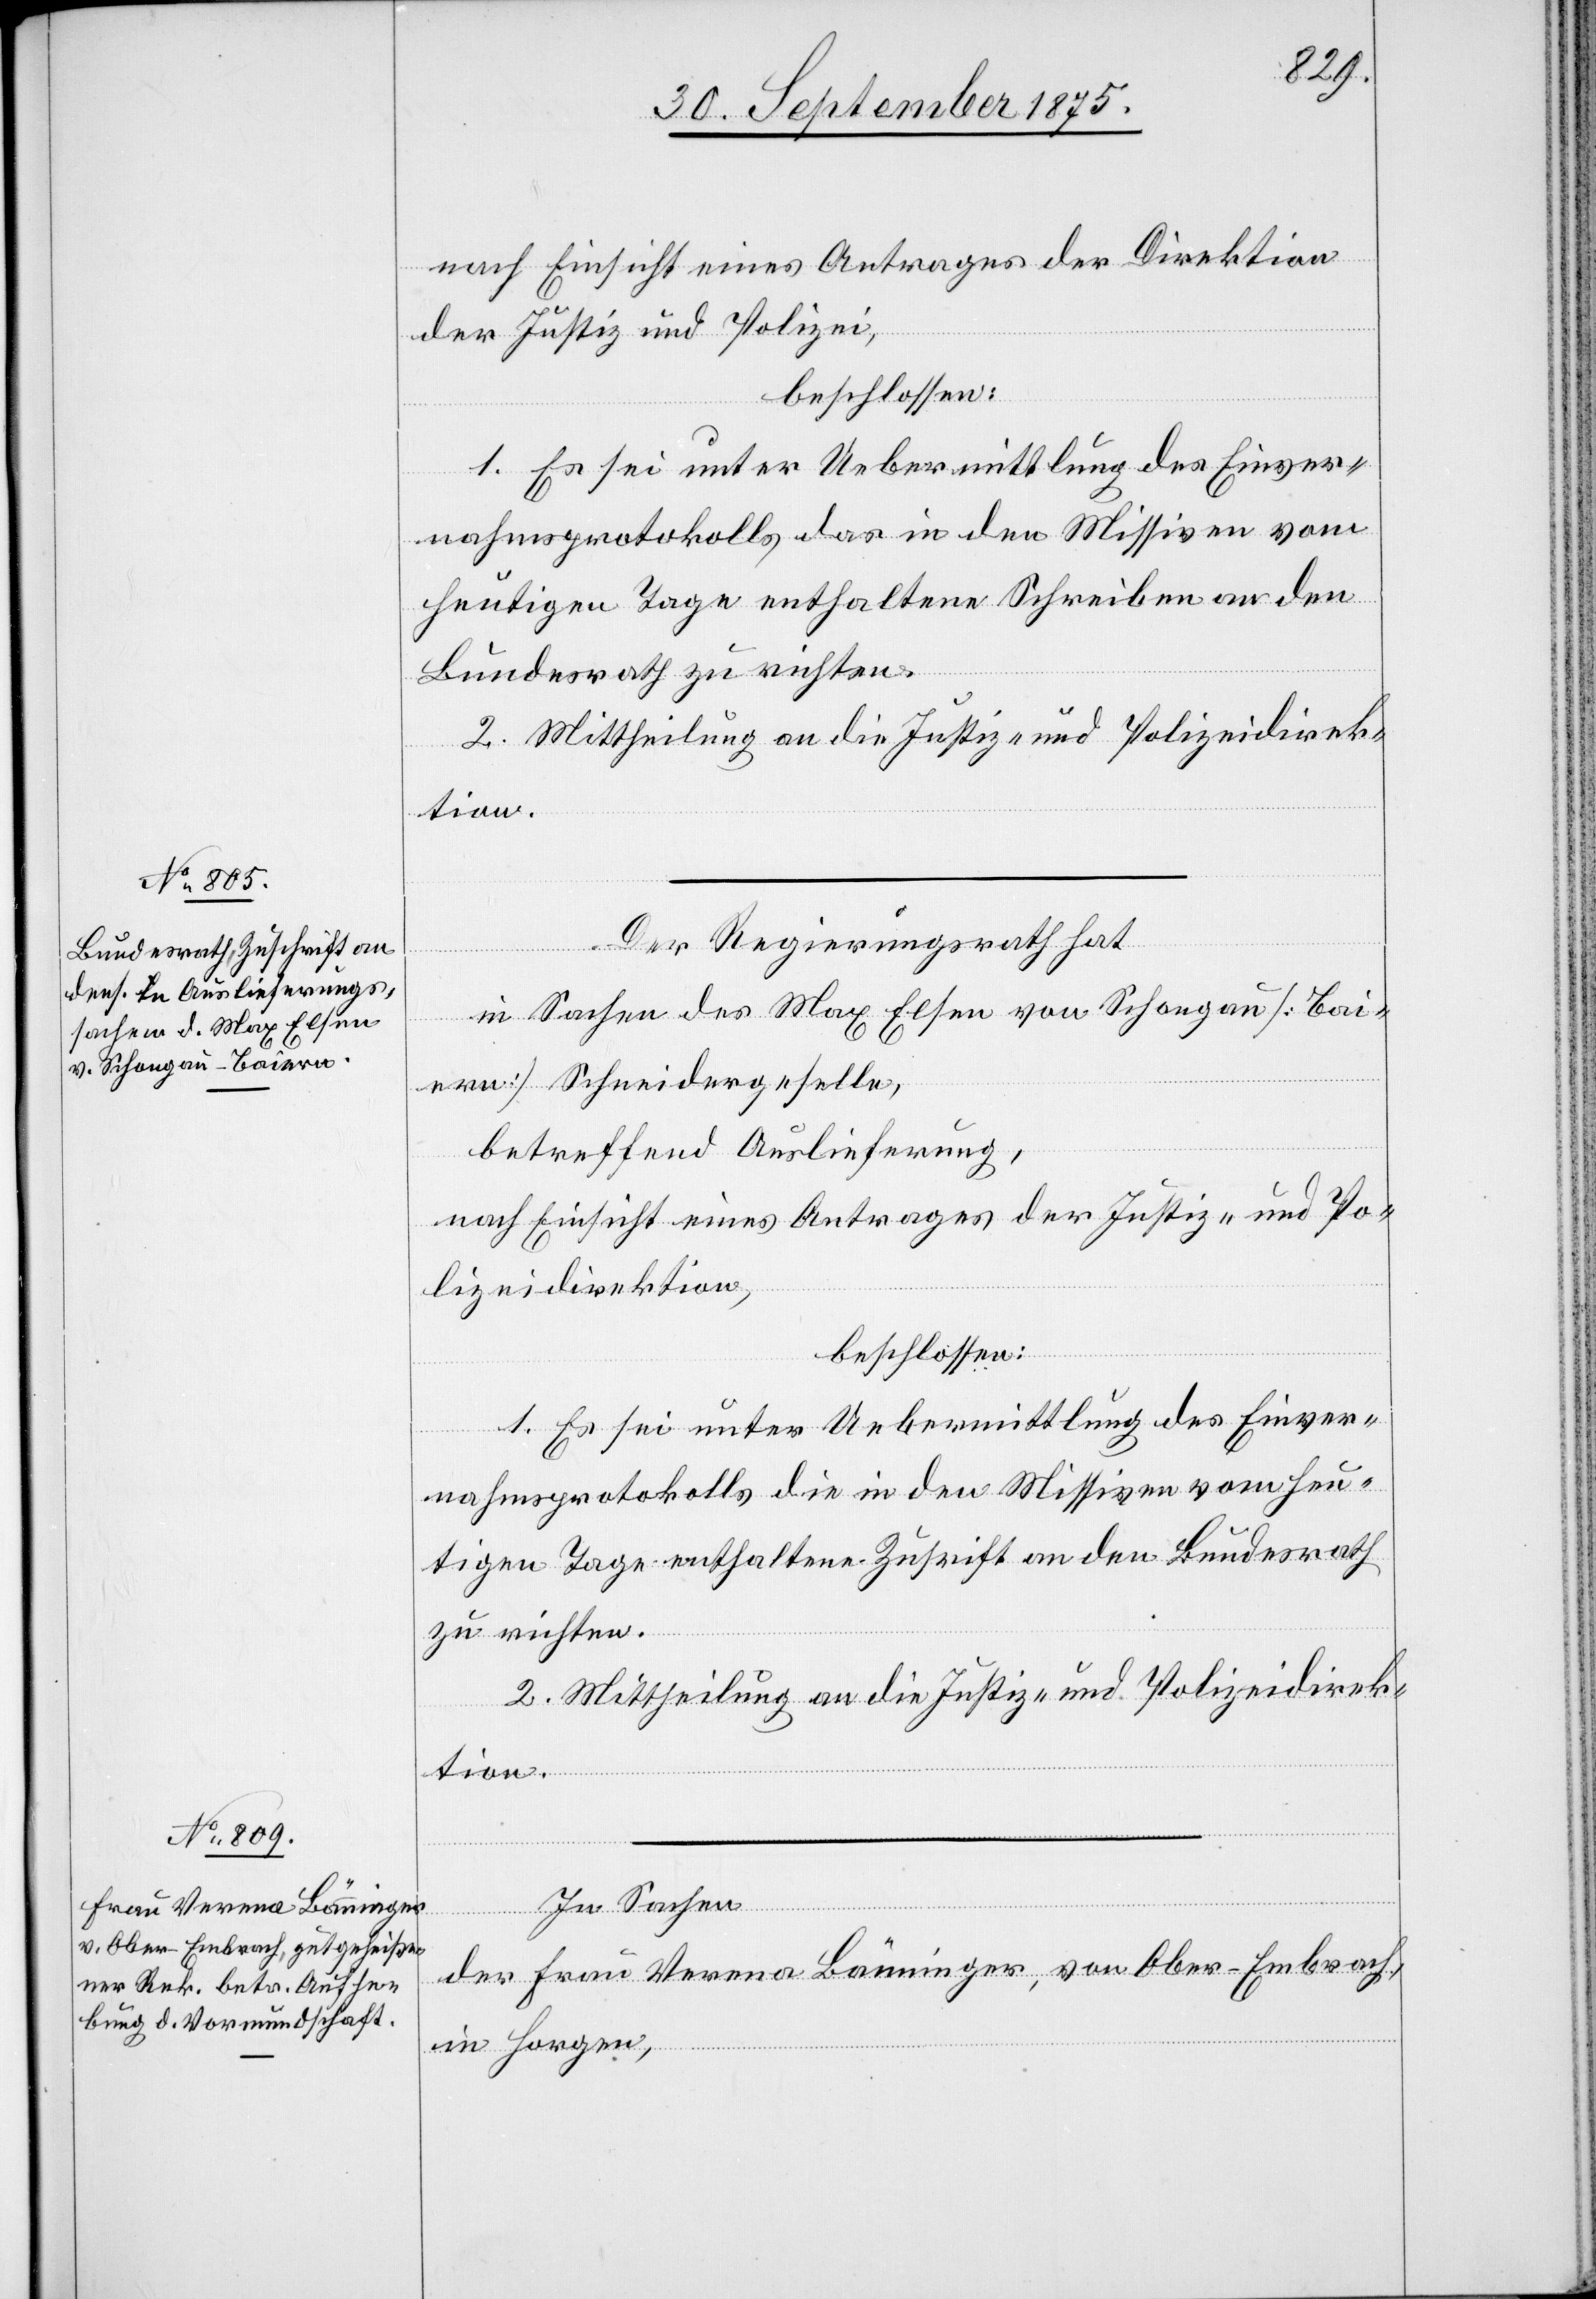
nach Einsicht eines Antrages der Direktion
der Justiz und Polizei,
beschlossen:
1. Es sei unter Uebermittlung des Einver¬
nahmsprotokolls, das in den Missiven vom
heutigen Tage enthaltene Schreiben an den
Bundesrath zu richten.
2. Mittheilung an die Justiz- und Polizeidirek¬
tion.
Der Regierungsrath hat,
in Sachen des Max Elsen von Schongau [Bai¬
ern] Schneidergeselle,
betreffend Auslieferung,
nach Einsicht eines Antrages der Justiz- und Po¬
lizeidirektion,
beschlossen:
1. Es sei unter Uebermittlung des Einver¬
nahmsprotokolls die in den Missiven vom heu¬
tigen Tage enthaltene Zuschrift an den Bundesrath
zu richten.
2. Mittheilung an die Justiz- und Polizeidirek¬
tion.
In Sachen
der Frau Verena Bänninger, von Ober-Embrach,
in Horgen